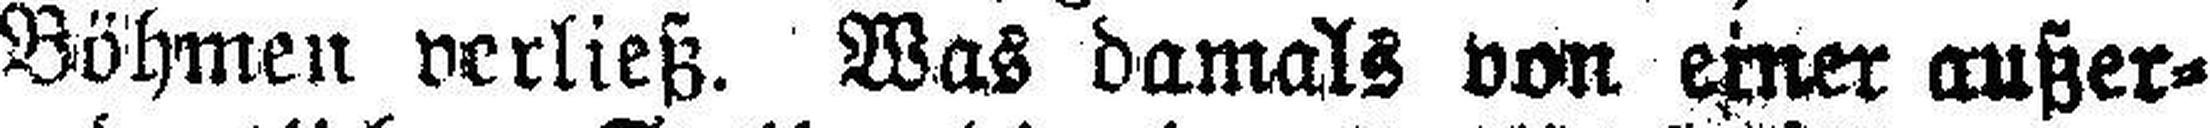
Böhmen verließ. Was damals von einer außer¬